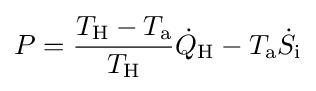
P={\frac {T_{\text{H}}-T_{\text{a}}}{T_{\text{H}}}}{\dot {Q}}_{\text{H}}-T_{\text{a}}{\dot {S}}_{\text{i}}